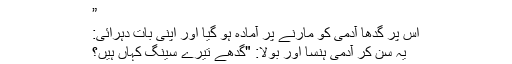
”
اس پر گدھا آدمی کو مارنے پر آمادہ ہو گیا اور اپنی بات دہرائی:
یہ سُن کر آدمی ہنسا اور بولا: "گدھے تیرے سینگ کہاں ہیں؟